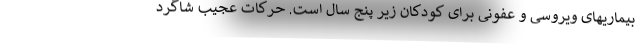
بیماریهای ویروسی و عفونی برای کودکان زیر پنج سال است. حرکات عجیب شاگرد